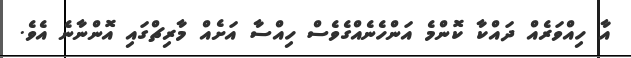
އާ ހިއްވަރެއް ދައްކާ ކޮންމެ އަންހެނެއްގެވެސް ހިއްސާ އަށެއް މާރިޗްގައި އޮންނާނެ އެވެ.